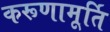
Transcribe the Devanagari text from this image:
करूणामूर्ति